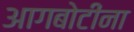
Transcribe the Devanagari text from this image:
आगबोटींना